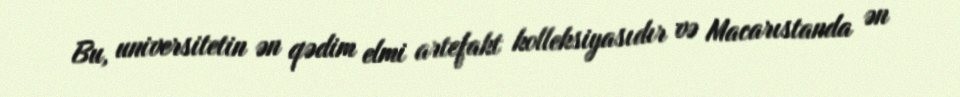
Bu, universitetin ən qədim elmi artefakt kolleksiyasıdır və Macarıstanda ən